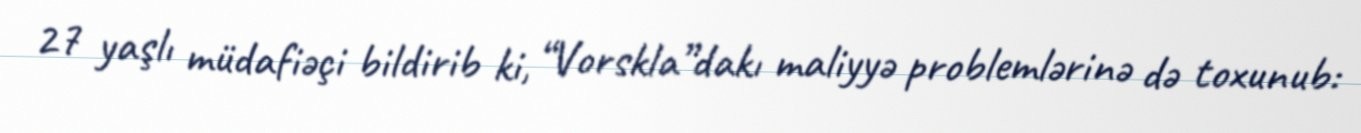
27 yaşlı müdafiəçi bildirib ki, “Vorskla”dakı maliyyə problemlərinə də toxunub: